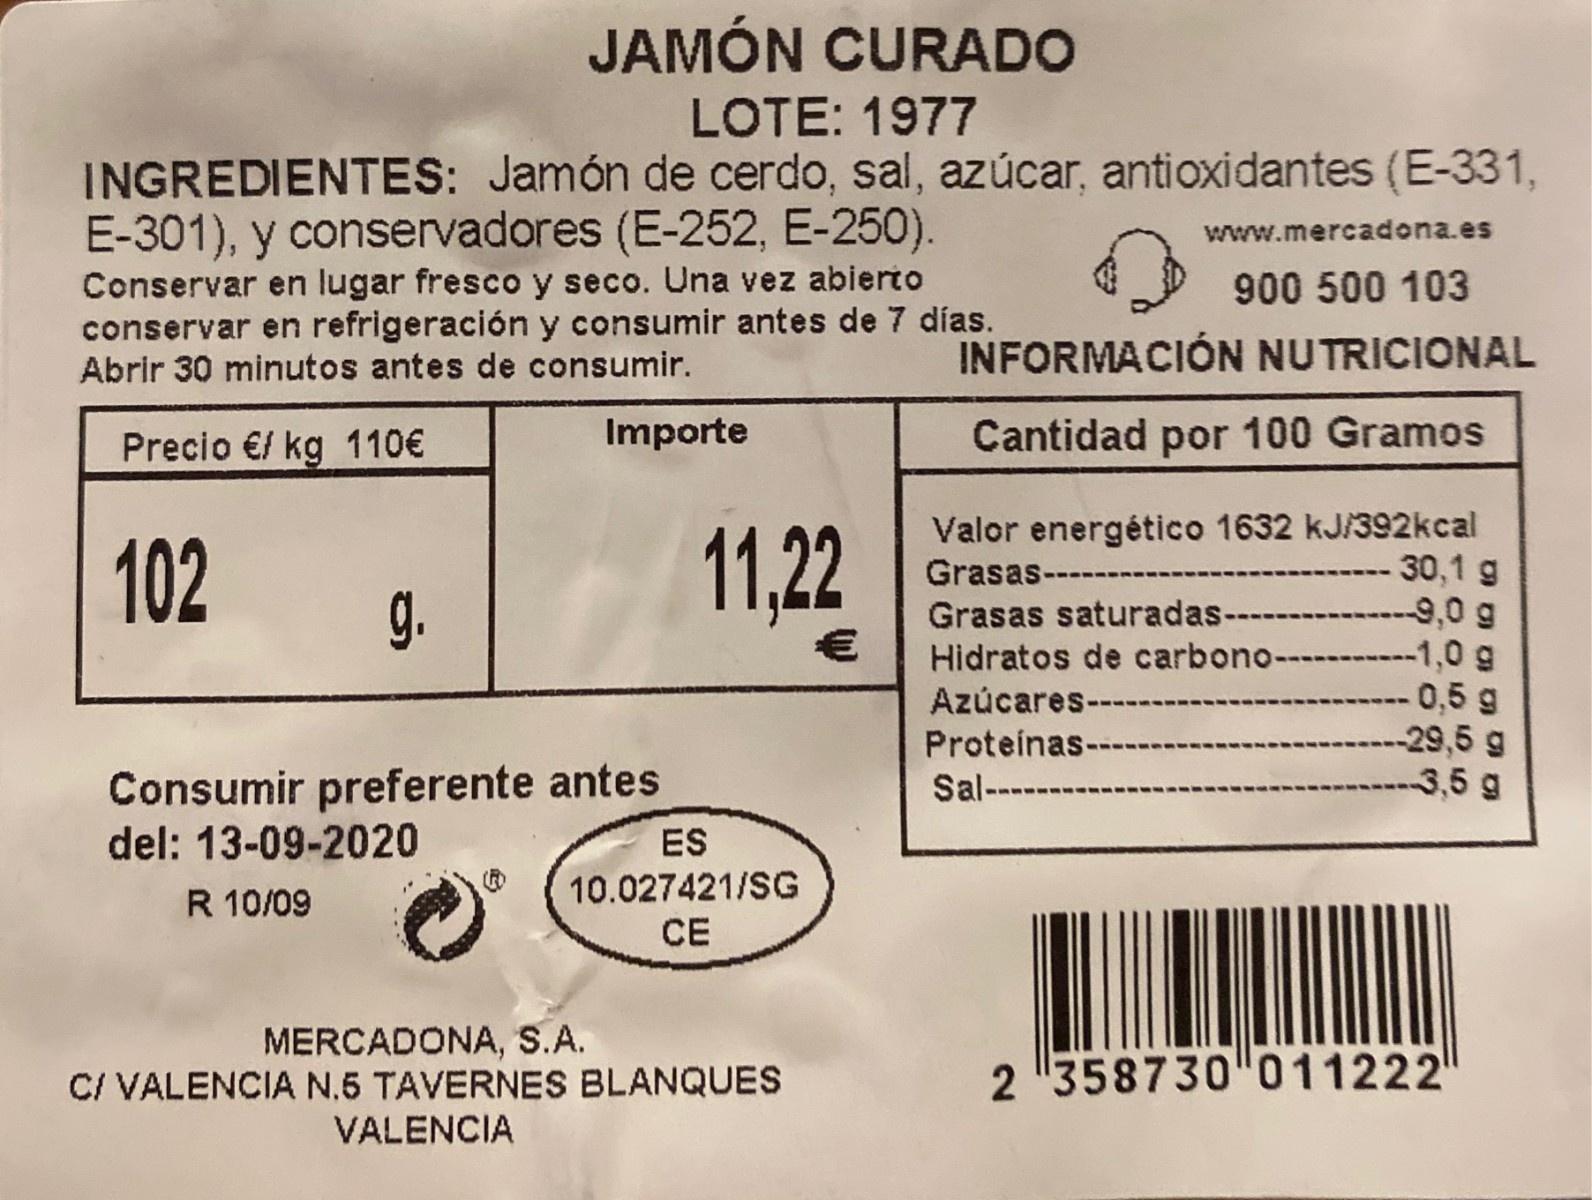
JAMÓN CURADO
LOTE: 1977
INGREDIENTES: Jamón de cerdo, sal, azúcar, antioxidantes (E-331, E-301), y conservadores (E-252, E-250). Conservar en lugar fresco y seco. Una vez abierto conservar en refrigeración y consumir antes de 7 días. Abrir 30 minutos antes de consumir.
www.mercadona.es
900 500 103
INFORMACIÓN NUTRICIONAL
Precio €/ kg 110€
Importe
Cantidad por 100 Gramos
Valor energético 1632 kJ/392kcal ---- 30,1 g 9,0 g Hidratos de carbono-- -1,0 g 0,5 g -29,5 g 3,5 g
102
11,22
Grasas----
g.
Grasas saturadas--
Azúcares---
Proteínas--
Consumir preferente antes del: 13-09-2020
Sal-----
ES
10.027421/SG CE
R 10/09
MERCADONA, S.A. C/ VALENCIA N.5 TAVERNES BLANQUES VALENCIA
2 358730"011222